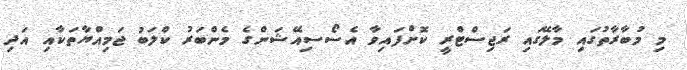
މި މުބާރާތުގައި މާލޭގައި ރަޖިސްޓްރީ ކޮށްފައިވާ އެސޯސިއޭޝަންގެ މެންބަރު ކްލަބު ޖަމިއްޔާތަކާއި އަދި